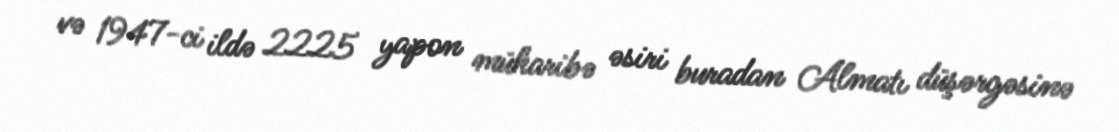
və 1947-ci ildə 2225 yapon müharibə əsiri buradan Almatı düşərgəsinə